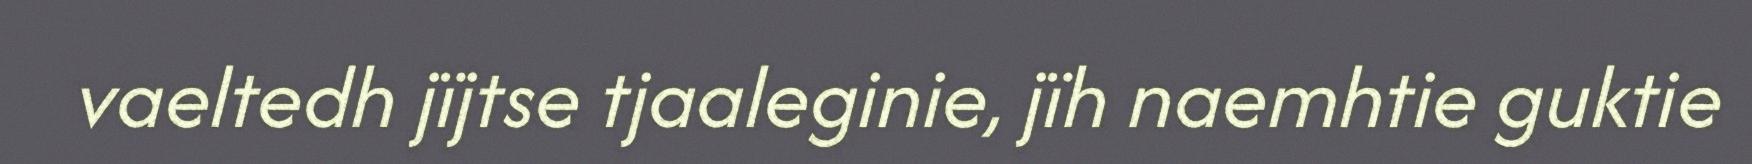
vaeltedh jïjtse tjaaleginie, jïh naemhtie guktie